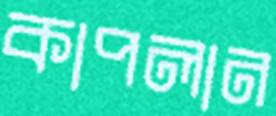
কাপলান